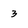
Character: 3